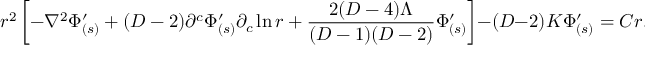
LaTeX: r ^ { 2 } \left[ - \nabla ^ { 2 } \Phi _ { ( s ) } ^ { \prime } + ( D - 2 ) \partial ^ { c } \Phi _ { ( s ) } ^ { \prime } \partial _ { c } \ln r + \frac { 2 ( D - 4 ) \Lambda } { ( D - 1 ) ( D - 2 ) } \Phi _ { ( s ) } ^ { \prime } \right] - ( D - 2 ) K \Phi _ { ( s ) } ^ { \prime } = C r ,